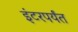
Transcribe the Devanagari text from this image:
इंटरपर्यंत